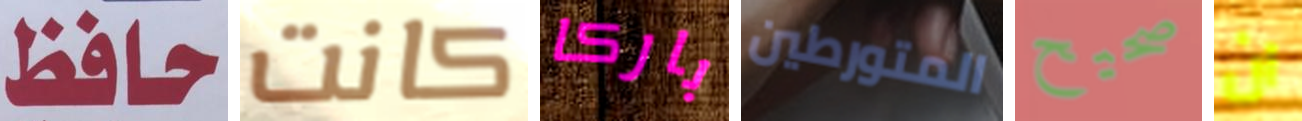
حافظ كانت باركا المتورطين صحيح ان